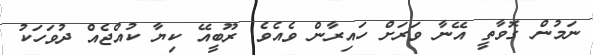
ނަމުން ގޮވާތީ އޭނާ ވަރަށް ހައިރާން ވެއެވެ. ރޫބީއޭ ކިޔާ ކުއްޖެއް ދުވަހަކު